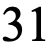
31